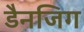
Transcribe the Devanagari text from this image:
डैनजिग